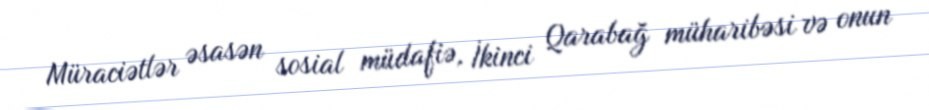
Müraciətlər əsasən sosial müdafiə, İkinci Qarabağ müharibəsi və onun